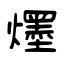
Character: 爅